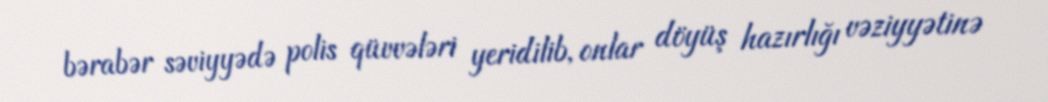
bərabər səviyyədə polis qüvvələri yeridilib, onlar döyüş hazırlığı vəziyyətinə